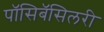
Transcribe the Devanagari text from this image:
पॉसिबॅसिलरी